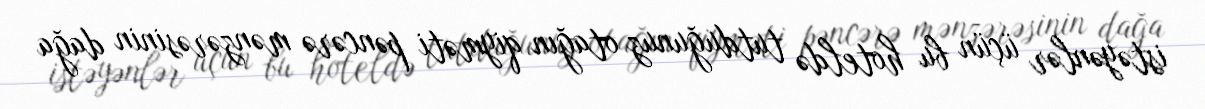
istəyənlər üçün bu hoteldə tutduğunuz otağın qiyməti pəncərə mənzərəsinin dağa